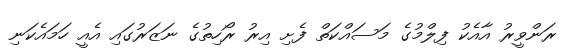
ރަންވީރު އާއެކު ފިލްމުގެ މަސައްކަތް ފެށި އިރު ރޯހިތުގެ ނަޒަރުގައި އެއީ ހަމައެކަނި